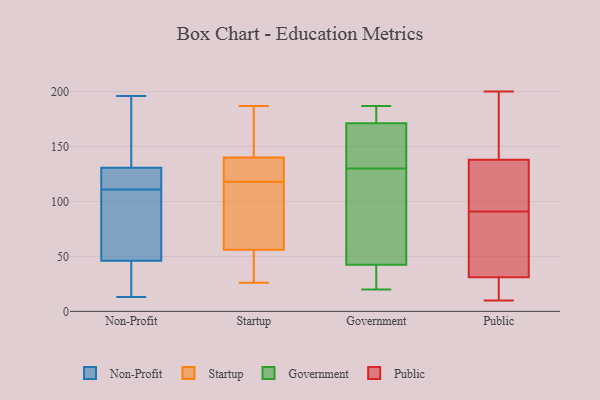
{"axis": {"x": "Population (Million)", "y": "Value"}, "legend": ["Government", "Non-Profit", "Public", "Startup"], "data": [{"x": "", "y": 73, "type": "Non-Profit"}, {"x": "", "y": 154, "type": "Non-Profit"}, {"x": "", "y": 40, "type": "Non-Profit"}, {"x": "", "y": 120, "type": "Non-Profit"}, {"x": "", "y": 48, "type": "Non-Profit"}, {"x": "", "y": 13, "type": "Non-Profit"}, {"x": "", "y": 21, "type": "Non-Profit"}, {"x": "", "y": 57, "type": "Non-Profit"}, {"x": "", "y": 126, "type": "Non-Profit"}, {"x": "", "y": 111, "type": "Non-Profit"}, {"x": "", "y": 145, "type": "Non-Profit"}, {"x": "", "y": 119, "type": "Non-Profit"}, {"x": "", "y": 196, "type": "Non-Profit"}, {"x": "", "y": 56, "type": "Startup"}, {"x": "", "y": 187, "type": "Startup"}, {"x": "", "y": 175, "type": "Startup"}, {"x": "", "y": 140, "type": "Startup"}, {"x": "", "y": 104, "type": "Startup"}, {"x": "", "y": 93, "type": "Startup"}, {"x": "", "y": 136, "type": "Startup"}, {"x": "", "y": 132, "type": "Startup"}, {"x": "", "y": 26, "type": "Startup"}, {"x": "", "y": 33, "type": "Startup"}, {"x": "", "y": 187, "type": "Government"}, {"x": "", "y": 39, "type": "Government"}, {"x": "", "y": 149, "type": "Government"}, {"x": "", "y": 72, "type": "Government"}, {"x": "", "y": 46, "type": "Government"}, {"x": "", "y": 20, "type": "Government"}, {"x": "", "y": 103, "type": "Government"}, {"x": "", "y": 175, "type": "Government"}, {"x": "", "y": 36, "type": "Government"}, {"x": "", "y": 135, "type": "Government"}, {"x": "", "y": 170, "type": "Government"}, {"x": "", "y": 180, "type": "Government"}, {"x": "", "y": 136, "type": "Government"}, {"x": "", "y": 130, "type": "Government"}, {"x": "", "y": 43, "type": "Government"}, {"x": "", "y": 41, "type": "Government"}, {"x": "", "y": 175, "type": "Government"}, {"x": "", "y": 13, "type": "Public"}, {"x": "", "y": 162, "type": "Public"}, {"x": "", "y": 31, "type": "Public"}, {"x": "", "y": 29, "type": "Public"}, {"x": "", "y": 123, "type": "Public"}, {"x": "", "y": 200, "type": "Public"}, {"x": "", "y": 53, "type": "Public"}, {"x": "", "y": 53, "type": "Public"}, {"x": "", "y": 13, "type": "Public"}, {"x": "", "y": 10, "type": "Public"}, {"x": "", "y": 172, "type": "Public"}, {"x": "", "y": 93, "type": "Public"}, {"x": "", "y": 87, "type": "Public"}, {"x": "", "y": 175, "type": "Public"}, {"x": "", "y": 113, "type": "Public"}, {"x": "", "y": 138, "type": "Public"}, {"x": "", "y": 109, "type": "Public"}, {"x": "", "y": 89, "type": "Public"}]}